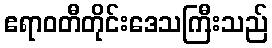
ဧရာဝတီတိုင်းဒေသကြီးသည်